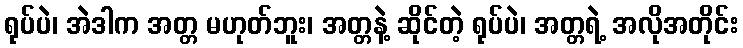
ရုပ်ပဲ၊ အဲဒါက အတ္တ မဟုတ်ဘူး၊ အတ္တနဲ့ ဆိုင်တဲ့ ရုပ်ပဲ၊ အတ္တရဲ့ အလိုအတိုင်း